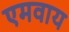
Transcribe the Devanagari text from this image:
एमवाय